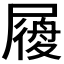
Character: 𡳐